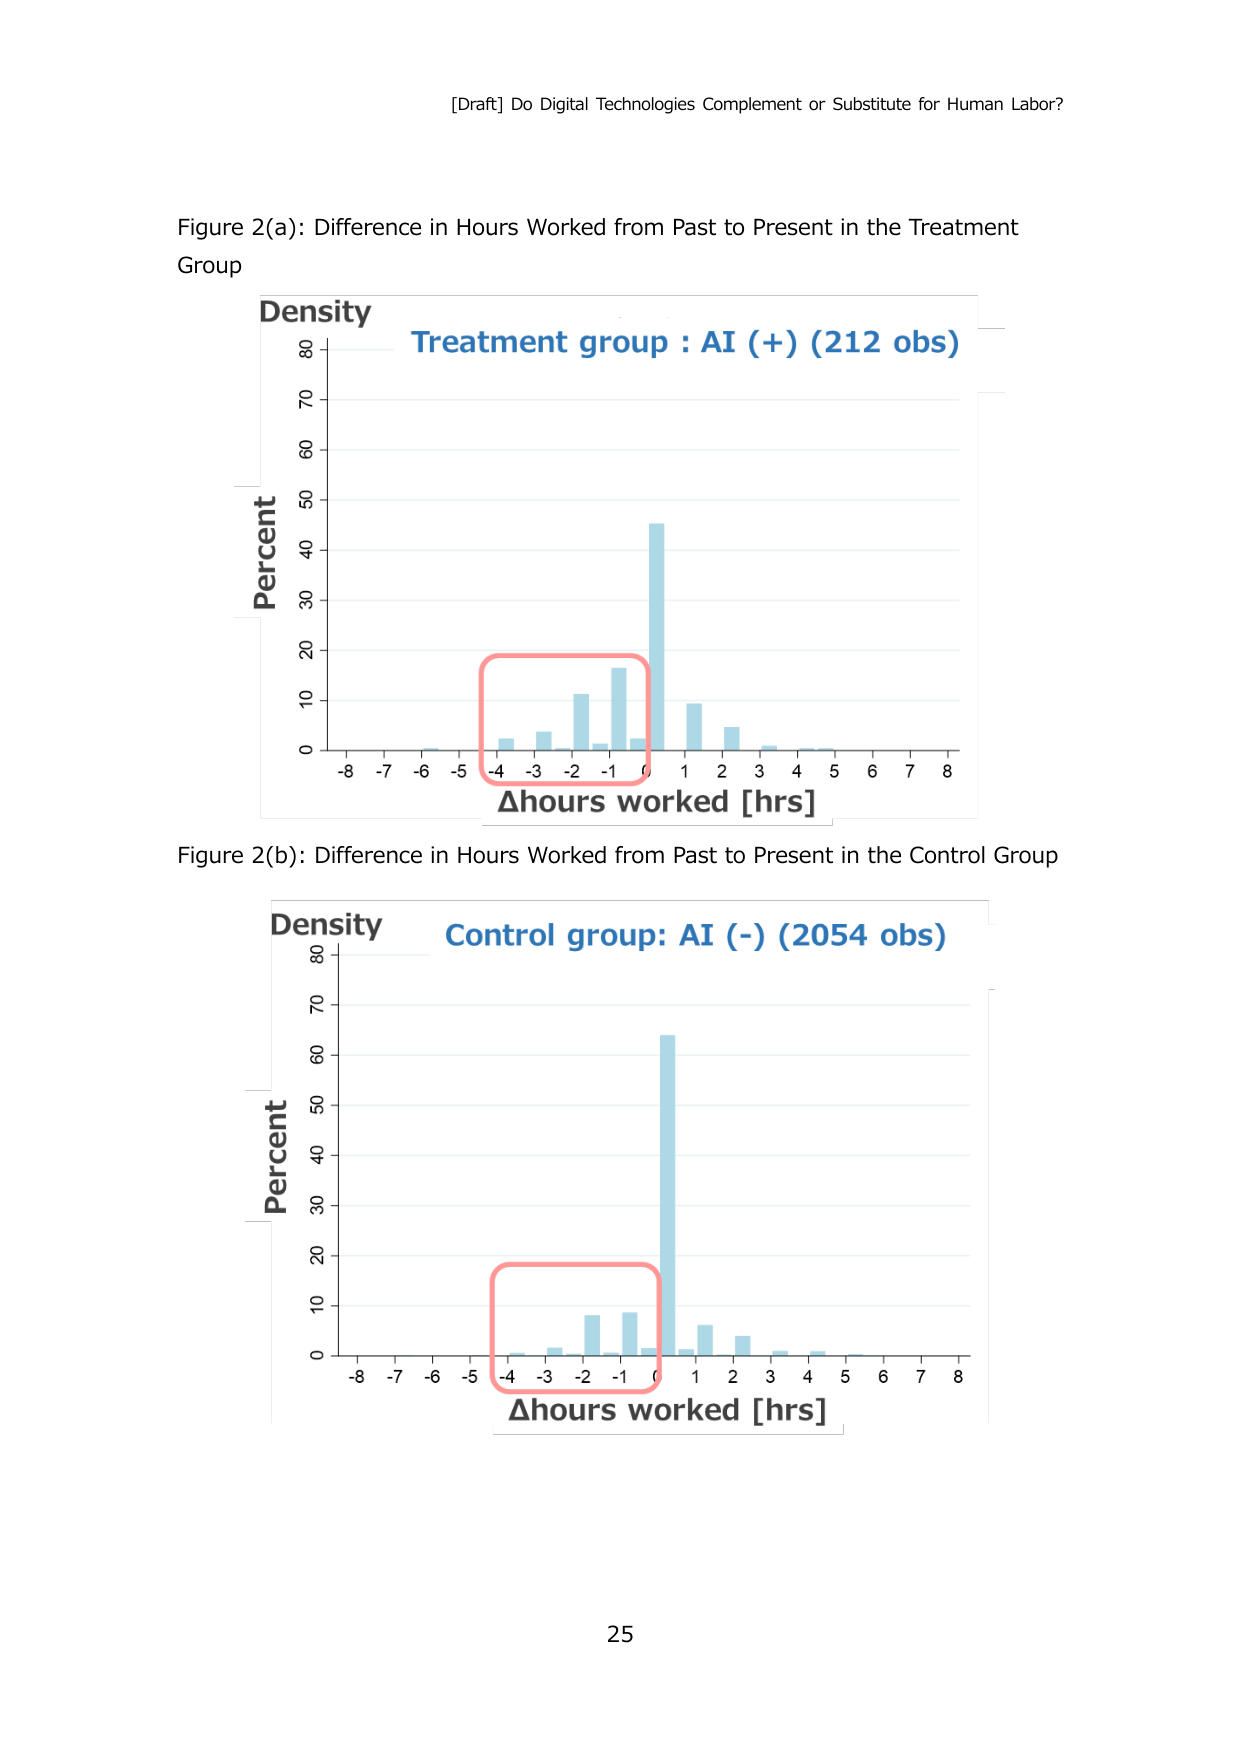
[Draft] Do Digital Technologies Complement or Substitute for Human Labor?

Figure 2(a): Difference in Hours Worked from Past to Present in the Treatment Group

Density
Treatment group : AI (+) (212 obs)

Percent
Δhours worked [hrs]

Figure 2(b): Difference in Hours Worked from Past to Present in the Control Group

Density
Control group: AI (-) (2054 obs)

Percent
Δhours worked [hrs]

25